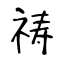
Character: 祷